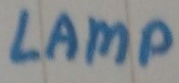
Text: LAMP